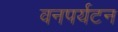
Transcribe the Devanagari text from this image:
वनपर्यटन